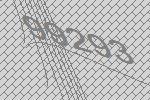
99293